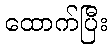
ထောက်ပြီး